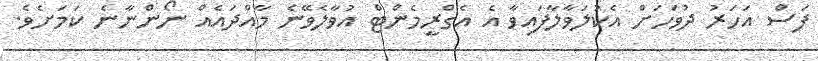
ފަސް އަހަރު ދުވަހަށް އެކުލަވާލާފައިވާ އެ އެގްރީމެންޓް އުވާލެވޭނެ މާއްދައެއް ނޯންނާނެ ކަމަށެވެ.